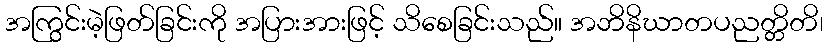
အကြွင်းမဲ့ဖြတ်ခြင်းကို အပြားအားဖြင့် သိစေခြင်းသည်။ အဘိနိဃာတပညတ္တိတိ၊